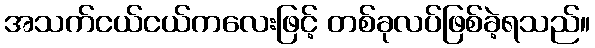
အသက်ငယ်ငယ်ကလေးဖြင့် တစ်ခုလပ်ဖြစ်ခဲ့ရသည်။